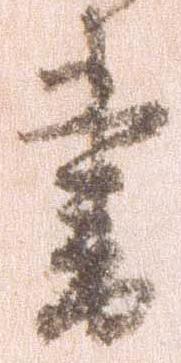
書